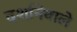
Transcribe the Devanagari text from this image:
दर्शानेवाले